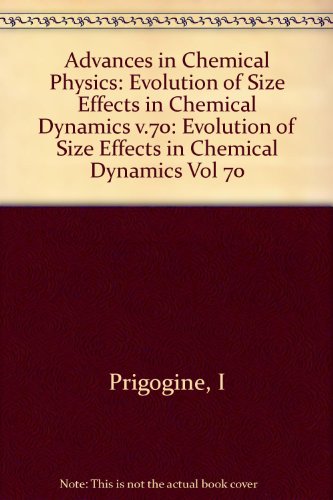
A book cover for Evolution of Size Effects in Chemical Dynamics, Part 2 (Advances in Chemical Physics) (Volume 70); Science & Math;